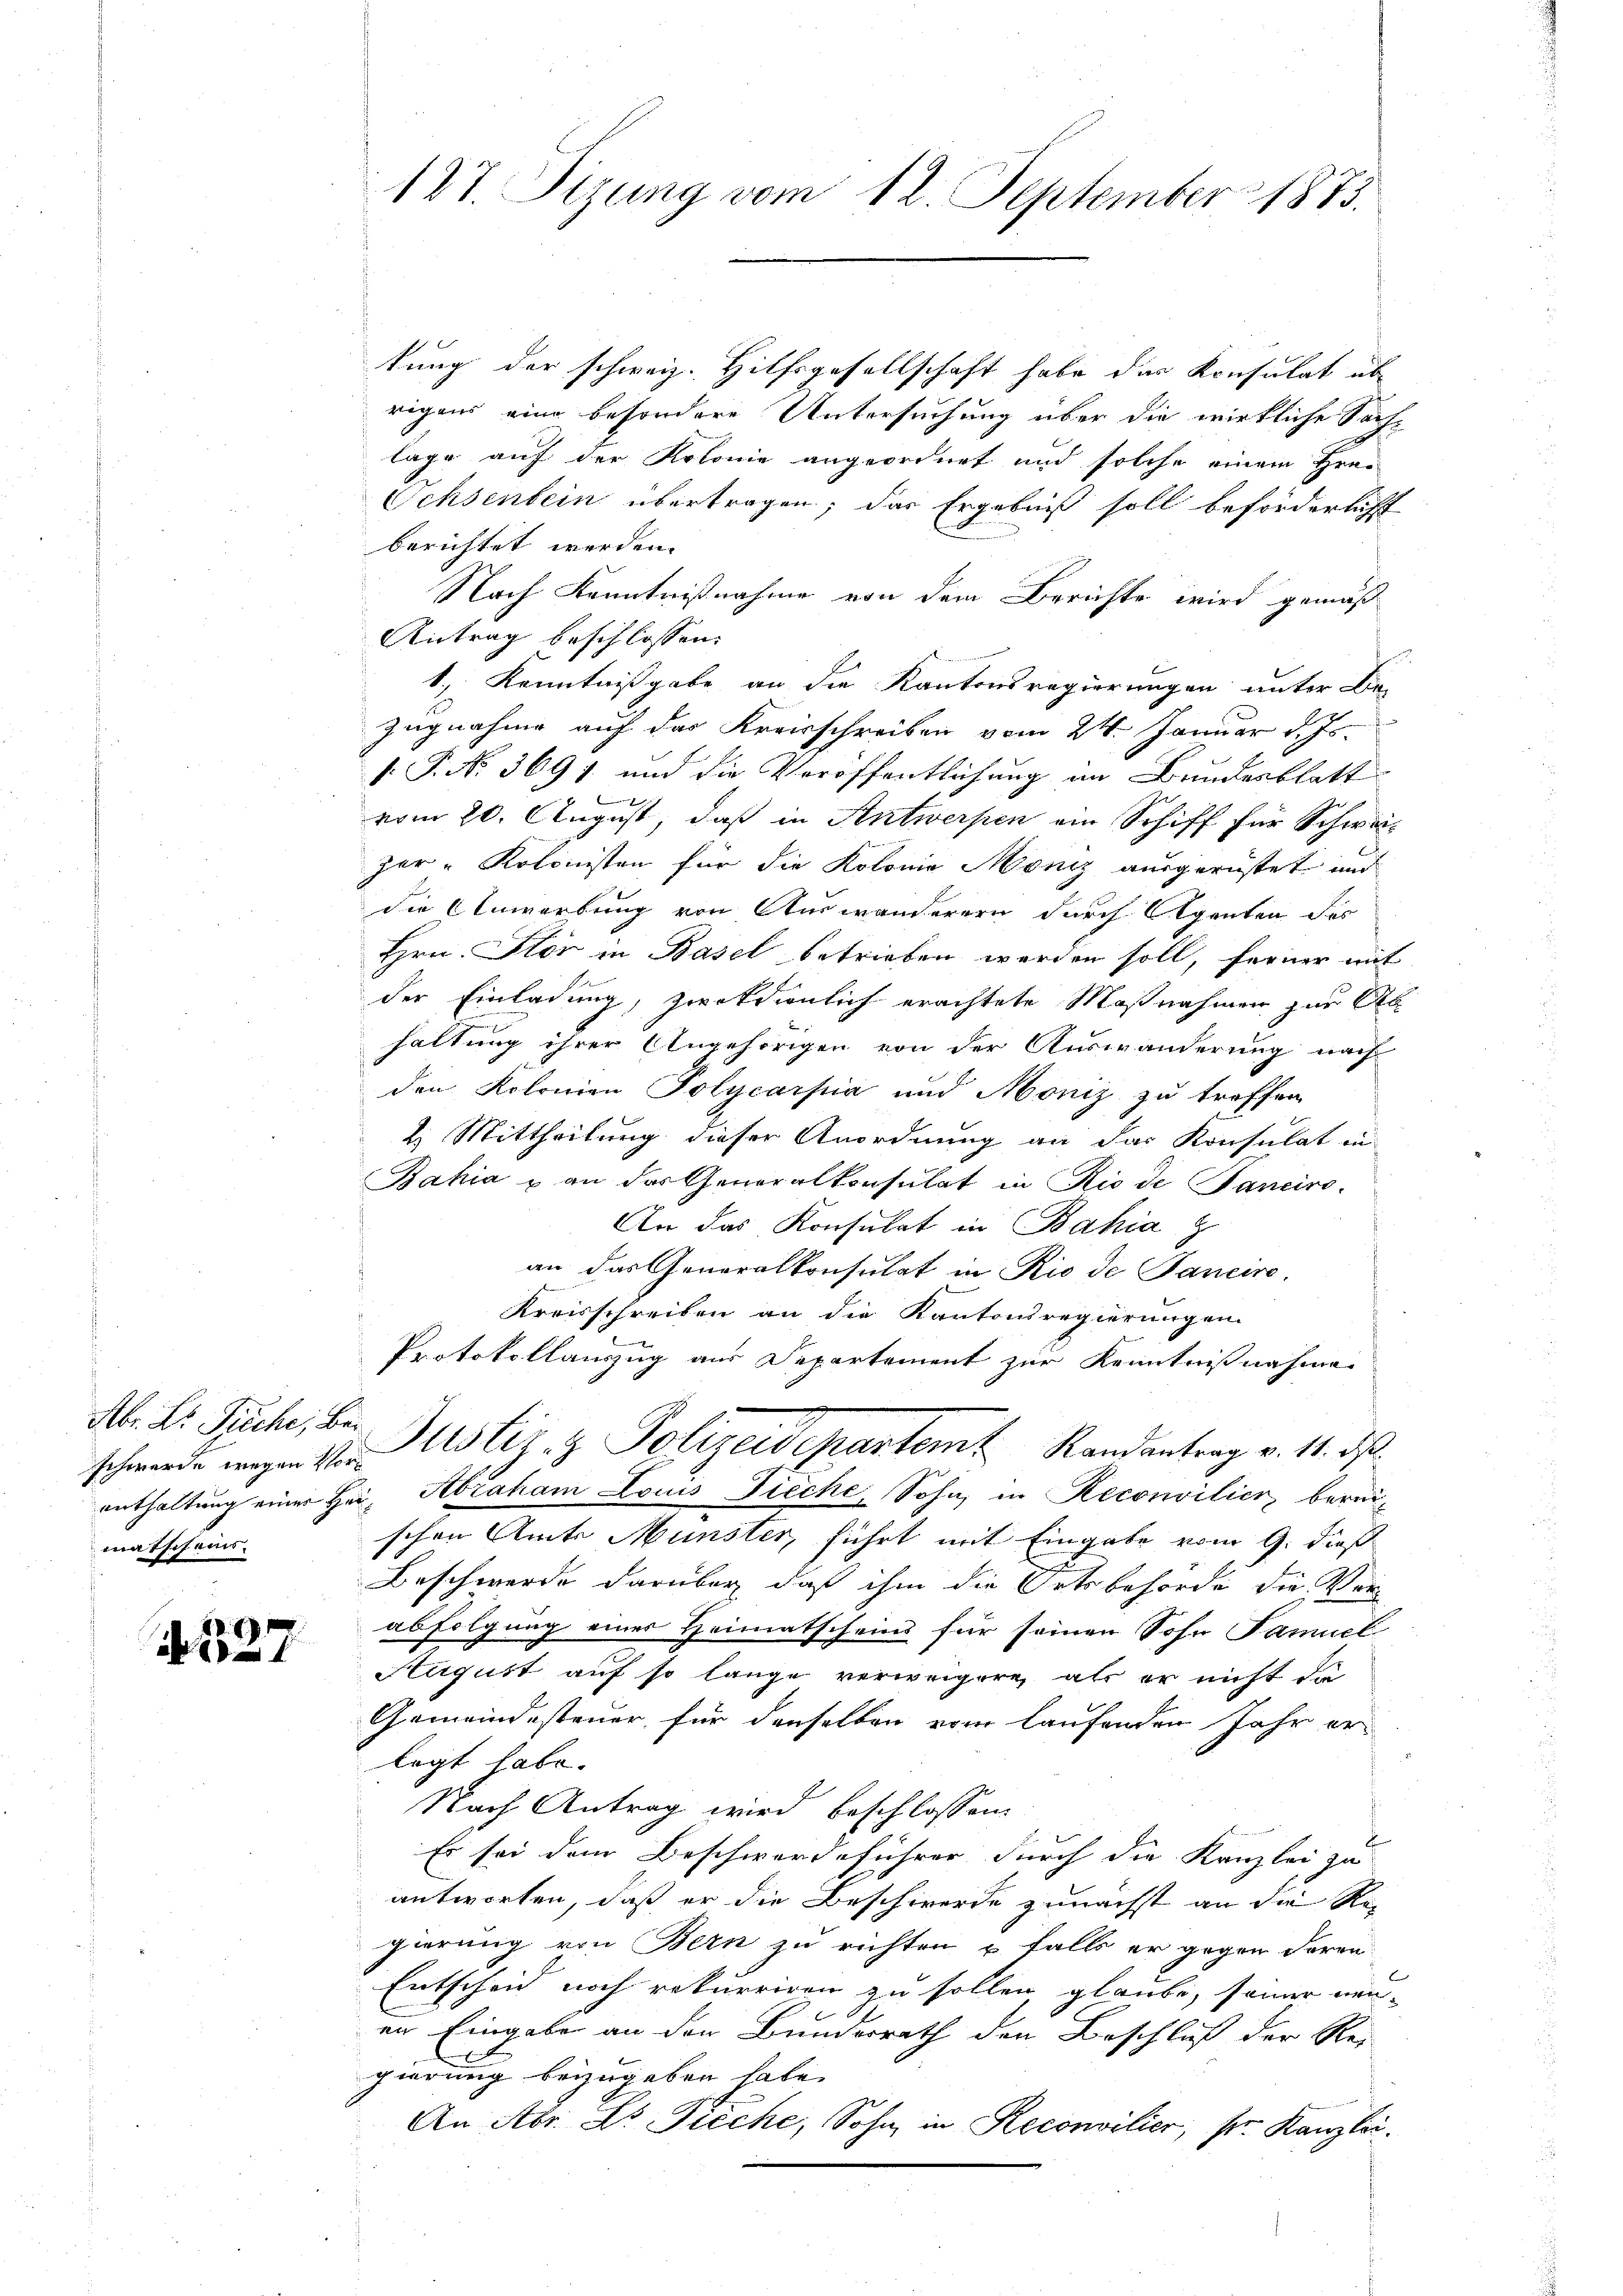
schwerde wegen Vormatscheins.

S. 127

tung der schweiz. Hilfsgesellschaft habe der Konsulat abe
rigens eine besondere Untersuchung über die wirkliche Sach-
lage auf der Kolonie angeordnet und solche einem Frei
Ochsenbein übertragen; das Ergebniß soll beförderlicht
berichtet werden.
Nach Kenntnißnahme von dem Berichte wird gemäß
Antrag beschlossen:
1) Kenntnißgabe an die Kantonsregierungen unter Be-
Zugnahme auf das Kreisschreiben vom 24. Januar d. Js.
 P. Nr. 3691 und die Veröffentlichung im Bundesblatt
vom 20. August, daß in Antwerpen ein Schiff für Schweizer-Kolonisten für die Kolonie Möniz ausgerüstet und
die Anwerbung von Auswanderern durch Agenten des
Hrn. Stor in Basel betrieben werden soll, ferner mit
der Einladung, zwekdienlich erachtete Maßnahmen zur Abhaltung ihrer Angehörigen von der Auswanderung nach
den Kolonien Polycarpia und Moniz zu treffen
2. Mittheilung dieser Anordnung an das Konsulat in
Bahia & an das Generalkonsulat in Rio de Sanciro-
An das Konsulat in Bahia z
an das Generalkonsulat in Rio de Pancire
Kreisschreiben an die Kantonsregierungen
Protokollauszug aus Departement zur Kenntnißnahme
M. Dr. Früche, bei Justiz- & Polizeidepartem Randantrag v. 11. ds.
enthaltung einer Hei, Abraham Louis Fieche, Sohn, in Reconvilier, bereischen Amts Münster, führt mit Eingabe vom 9. dieß
Beschwerde darüber daß ihm die Ortsbehörde die Ver-
abfolgung einer Heimatscheins für seinen Sohn Famuel
August auf so lange verweigere, als er nicht di
Gemeindesteuer für denselben vom laufenden Jahr er-
legt habe.
Nach Antrag wird beschlossen:
Es sei dem Beschwerdeführer durch die Kanzlei zu
antworten, daß er die Beschwerde zunächst an die Re-
gierung von Bern zu richten u. falls er gegen deren
Entscheid noch rekurriren zu sollen glaube, seiner neu-
er Eingaben an den Bunderrath den Beschluß der Rei-
gierung beizugeben habe.
An Abr. Dr Pieche, Sohn in Reconsilier, sr. Kanzlei.

127. Sizung vom 12. September 1873.